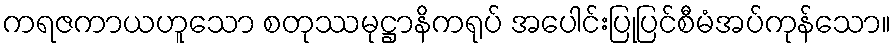
ကရဇကာယဟူသော စတုဿမုဋ္ဌာနိကရုပ် အပေါင်းပြုပြင်စီမံအပ်ကုန်သော။